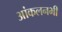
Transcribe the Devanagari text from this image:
आंकलनभी